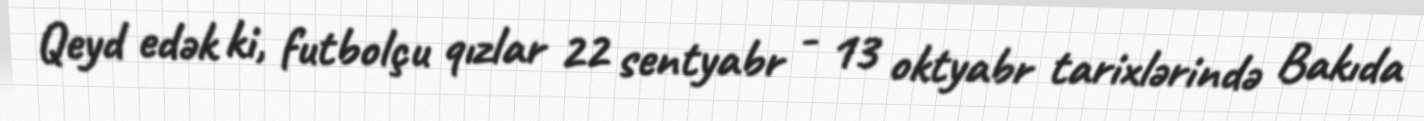
Qeyd edək ki, futbolçu qızlar 22 sentyabr - 13 oktyabr tarixlərində Bakıda